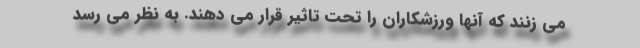
می زنند که آنها ورزشکاران را تحت تاثیر قرار می دهند. به نظر می رسد